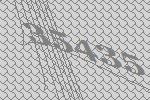
35435